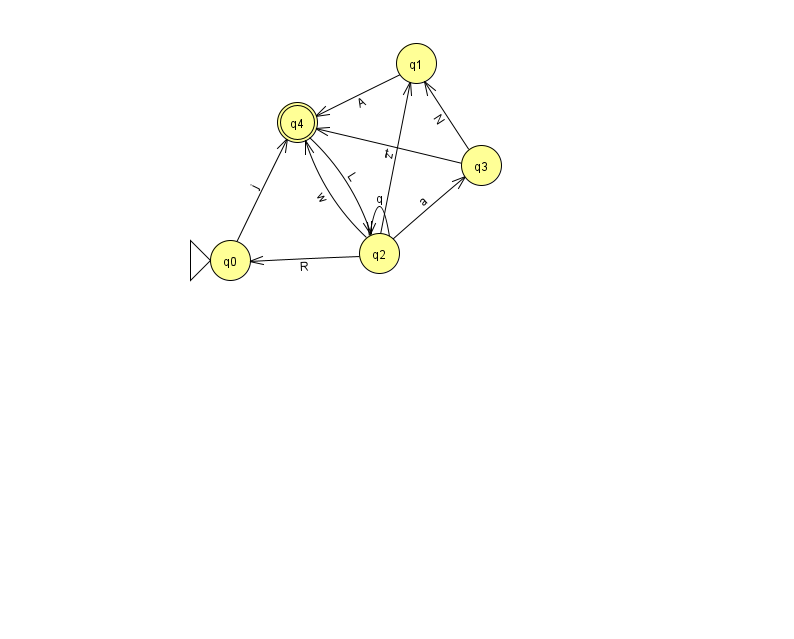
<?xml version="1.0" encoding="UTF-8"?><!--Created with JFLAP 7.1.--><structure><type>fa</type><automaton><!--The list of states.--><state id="0" name="q0"><x>230.0</x><y>247.0</y><initial/></state><state id="1" name="q1"><x>416.0</x><y>50.0</y></state><state id="2" name="q2"><x>379.0</x><y>240.0</y></state><state id="3" name="q3"><x>481.0</x><y>152.0</y></state><state id="4" name="q4"><x>297.0</x><y>109.0</y><final/></state><!--The list of transitions.--><transition><from>2</from><to>2</to><read>q</read></transition><transition><from>3</from><to>1</to><read>N</read></transition><transition><from>4</from><to>2</to><read>L</read></transition><transition><from>3</from><to>4</to><read>t</read></transition><transition><from>0</from><to>4</to><read>j</read></transition><transition><from>2</from><to>3</to><read>a</read></transition><transition><from>2</from><to>4</to><read>w</read></transition><transition><from>1</from><to>4</to><read>A</read></transition><transition><from>2</from><to>0</to><read>R</read></transition><transition><from>2</from><to>1</to><read>z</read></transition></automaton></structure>